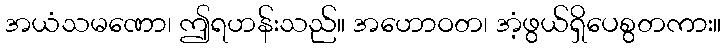
အယံသမဏော၊ ဤရဟန်းသည်။ အဟောဝတ၊ အံ့ဖွယ်ရှိပေစွတကား။